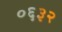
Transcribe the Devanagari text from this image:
०६३२